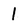
Character: l